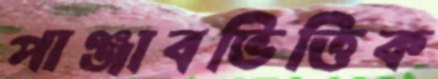
পাঞ্জাবভিত্তিক